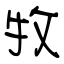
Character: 牧